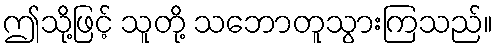
ဤသို့ဖြင့် သူတို့ သဘောတူသွားကြသည်။